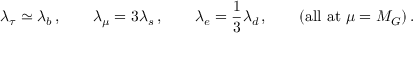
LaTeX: \lambda _ { \tau } \simeq \lambda _ { b } \, , \qquad \lambda _ { \mu } = 3 \lambda _ { s } \, , \qquad \lambda _ { e } = { \frac { 1 } { 3 } } \lambda _ { d } \, , \qquad ( \mathrm { a l l \ a t } \ \mu = M _ { G } ) \, .